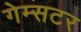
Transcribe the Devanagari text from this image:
गेम्सटर